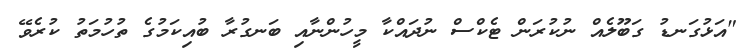
"އަޅުގަނޑު ގަބޫލެއް ނުކުރަން ޓެކްސް ނުދައްކާ މީހުންނާއި ބަނގުރާ ބުއިކަމުގެ ތުހުމަތު ކުރެވޭ